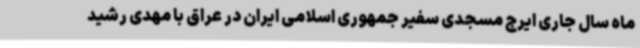
ماه سال جاری ایرج مسجدی سفیر جمهوری اسلامی ایران در عراق با مهدی رشید